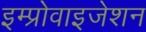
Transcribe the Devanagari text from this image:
इम्प्रोवाइजेशन